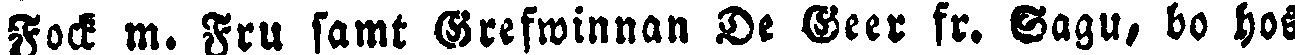
Fock m. Fru samt Brefwinnan De Beer fr. Gagu, bo hos